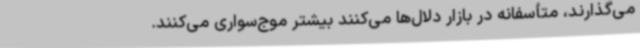
می‌گذارند، متأسفانه در بازار دلال‌ها می‌کنند بیشتر موج‌سواری می‌کنند.